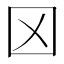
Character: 龱